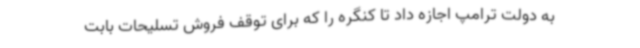
به دولت ترامپ اجازه داد تا کنگره را که برای توقف فروش تسلیحات بابت